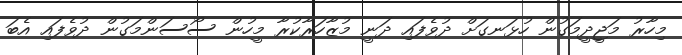
މިހާރު މަޖީދީމަގުން ހުޅަނގަށް ދުވެފައި ދަނީ މުޒާހަރާކުރާ މީހުން ސޯސަންމަގުން ދުވެފައި އެބަ